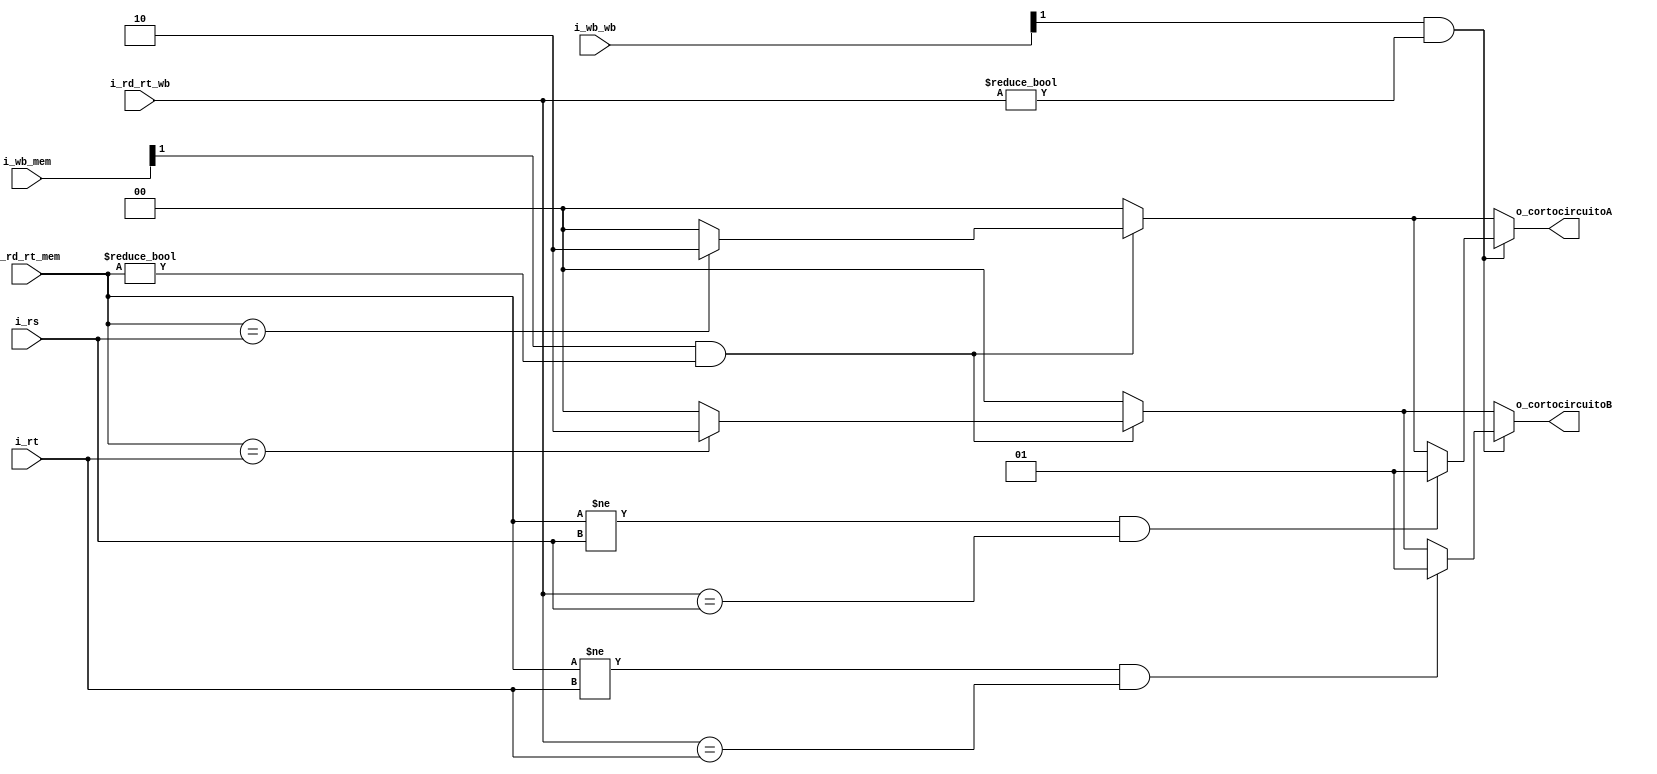
`timescale 1ns / 1ps
//////////////////////////////////////////////////////////////////////////////////
// Company: UNC FCEFyN
// 
// Design Name: 
// Module Name: CORTOCIRCUITO
// Project Name: MIPS
// Target Devices: 
// Tool Versions: 
// Description: 
// 
// Dependencies: 
// 
// Revision:
// Revision 0.01 - File Created
// Additional Comments:
// 
//////////////////////////////////////////////////////////////////////////////////


module CORTOCIRCUITO
    #(  //PARAMETERS
        parameter DATA_WIDTH = 32
    )
    (   //INPUTS
        input [4:0]     i_rd_rt_mem,
        input [4:0]     i_rd_rt_wb,
        input [4:0]     i_rs,
        input [4:0]     i_rt,
        input [1:0]     i_wb_mem,
        input [1:0]     i_wb_wb,
        //OUTPUTS
        output [1:0]    o_cortocircuitoA,
        output [1:0]    o_cortocircuitoB
    );

    reg [1:0] cortocircuitoA;
    reg [1:0] cortocircuitoB;

    assign o_cortocircuitoA = cortocircuitoA;
    assign o_cortocircuitoB = cortocircuitoB;

    always @(*) begin
        cortocircuitoA = 2'b00;
        cortocircuitoB = 2'b00;
        //RIESGO EX
        //SI EX_MEM.REGWRITE Y EX_MEM.RD != 0
        if((i_wb_mem[1]) && (i_rd_rt_mem != 0)) begin
            //SI EX_MEM.RD == ID_EX.RS
            if(i_rd_rt_mem == i_rs) cortocircuitoA = 2'b10;
            //SI EX_MEM.RD == ID_EX.RT
            if(i_rd_rt_mem == i_rt) cortocircuitoB = 2'b10;
        end
        //RIESGO MEM
        //SI MEM_WB.REGWRITE Y MEM_WB.RD != 0
        if((i_wb_wb[1]) && (i_rd_rt_wb != 0)) begin
            //SI EX_MEM.RD != ID_EX.RS y SI MEM_WB.RD == ID_EX.RS
            if((i_rd_rt_mem != i_rs) && (i_rd_rt_wb == i_rs)) cortocircuitoA = 2'b01;
            //SI EX_MEM.RD != ID_EX.RT y SI MEM_WB.RD == ID_EX.RT
            if((i_rd_rt_mem != i_rt) && (i_rd_rt_wb == i_rt)) cortocircuitoB = 2'b01;
        end
    end
endmodule